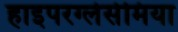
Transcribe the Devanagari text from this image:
हाइपरग्लेसेमिया